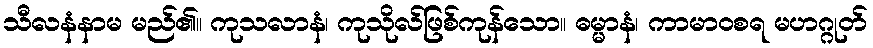
သီလနံနာမ မည်၏။ ကုသလာနံ၊ ကုသိုလ်ဖြစ်ကုန်သော။ ဓမ္မာနံ၊ ကာမာဝစရ မဟဂ္ဂုတ်